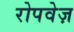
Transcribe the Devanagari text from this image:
रोपवेज़